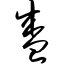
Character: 盛